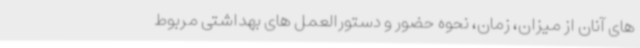
های آنان از میزان، زمان، نحوه حضور و دستورالعمل های بهداشتی مربوط